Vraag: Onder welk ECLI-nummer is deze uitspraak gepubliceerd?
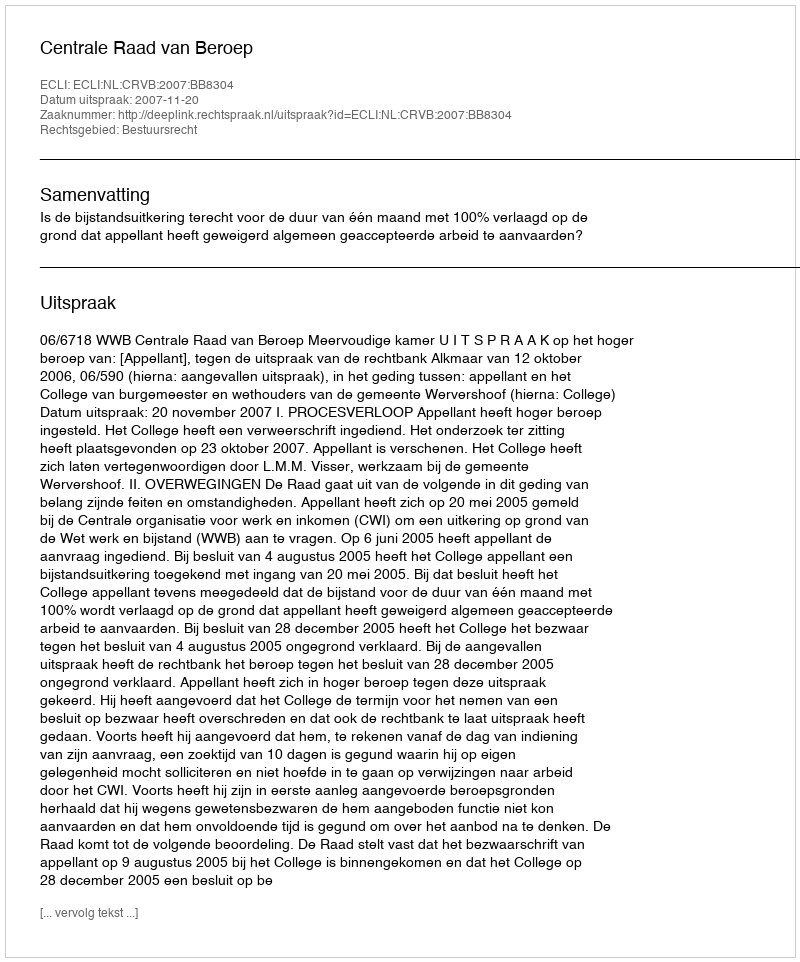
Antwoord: ECLI:NL:CRVB:2007:BB8304